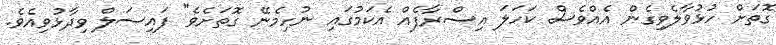
ގޮތަށް ހުޅުވާލެވިގެން އެއްވެސް ކަހަލަ އިސްރާފެއް އެކަމުގައި ނުހިމެނޭ ގޮތަށެވެ" ފައިސަލް ވިދާޅުވިއެވެ.